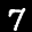
Label: 7